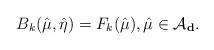
LaTeX: \begin{align*} B_k(\hat{\mu},\hat{\eta})= F_k(\hat{\mu}), \hat{\mu} \in \mathcal{A}_{\mathbf{d}}.\end{align*}